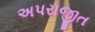
અપરાજીત